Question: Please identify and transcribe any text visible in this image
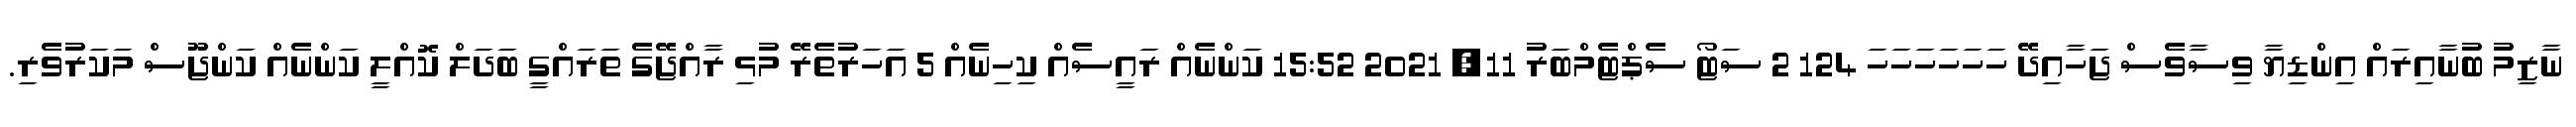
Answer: ނާޒިމު ބުނާއިރައް އިންޑިޔާ ވިސާވެސް ޖަހާއިދޭ ހަހަހަހަހަހަ 124 2 ސަޓޯ ސެޕްޓެމްބަރު 11, 2021 15:52 ކަންނެއް ރައީސެއް ކިހިނެއް 5 އަހަރުތެރޭ މުޅި ރާއްޖޭގެ ތަރައްގީ ބަދަލް ކޮއްލީ ކަންނެއް ކަންޖޫސް މަކަރުވެރި.